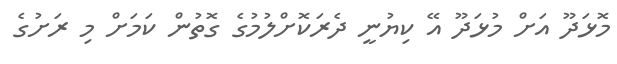
މޮޅަދޫ އަށް މުޅަދޫ އޭ ކިޔުނީ ދެރަކޮށްލުމުގެ ގޮތުން ކަމަށް މި ރަށުގެ